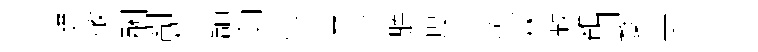
撻蔽酬剬楨舖卯佛黃令聽度牛德林寂雒川婺皇浮